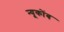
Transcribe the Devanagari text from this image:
न्यूकोंब